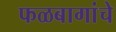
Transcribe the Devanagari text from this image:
फळबागांचे